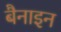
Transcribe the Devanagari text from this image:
बैनाइन